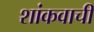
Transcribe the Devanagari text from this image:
शांकवाची